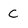
Character: c